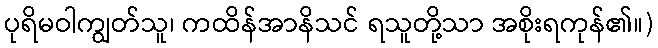
ပုရိမဝါကျွတ်သူ၊ ကထိန်အာနိသင် ရသူတို့သာ အစိုးရကုန်၏။)